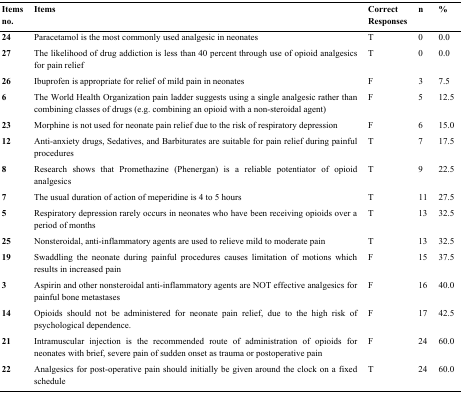
| Items no. | Items | Correct Responses | n | % |
 | --- | --- | --- | --- | --- |
 | 24 | Paracetamol is the most commonly used analgesic in neonates | T | 0 | 0.0 |
 | 27 | The likelihood of drug addiction is less than 40 percent through use of opioid analgesics for pain relief | T | 0 | 0.0 |
 | 26 | Ibuprofen is appropriate for relief of mild pain in neonates | F | 3 | 7.5 |
 | 6 | The World Health Organization pain ladder suggests using a single analgesic rather than combining classes of drugs (e.g. combining an opioid with a non-steroidal agent) | F | 5 | 12.5 |
 | 23 | Morphine is not used for neonate pain relief due to the risk of respiratory depression | F | 6 | 15.0 |
 | 12 | Anti-anxiety drugs, Sedatives, and Barbiturates are suitable for pain relief during painful procedures | T | 7 | 17.5 |
 | 8 | Research shows that Promethazine (Phenergan) is a reliable potentiator of opioid analgesics | T | 9 | 22.5 |
 | 7 | The usual duration of action of meperidine is 4 to 5 hours | T | 11 | 27.5 |
 | 5 | Respiratory depression rarely occurs in neonates who have been receiving opioids over a period of months | T | 13 | 32.5 |
 | 25 | Nonsteroidal, anti-inflammatory agents are used to relieve mild to moderate pain | T | 13 | 32.5 |
 | 19 | Swaddling the neonate during painful procedures causes limitation of motions which results in increased pain | F | 15 | 37.5 |
 | 3 | Aspirin and other nonsteroidal anti-inflammatory agents are NOT effective analgesics for painful bone metastases | F | 16 | 40.0 |
 | 14 | Opioids should not be administered for neonate pain relief, due to the high risk of psychological dependence. | F | 17 | 42.5 |
 | 21 | Intramuscular injection is the recommended route of administration of opioids for neonates with brief, severe pain of sudden onset as trauma or postoperative pain | F | 24 | 60.0 |
 | 22 | Analgesics for post-operative pain should initially be given around the clock on a fixed schedule | T | 24 | 60.0 |